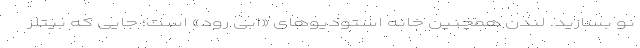
نو بسازید. لندن همچنین خانه استودیوهای «ابی رود» است؛ جایی که بیتلز